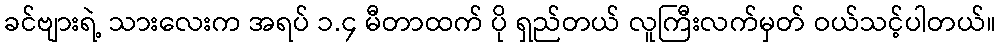
ခင်ဗျားရဲ့ သားလေးက အရပ် ၁.၄ မီတာထက် ပို ရှည်တယ် လူကြီးလက်မှတ် ဝယ်သင့်ပါတယ်။